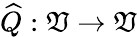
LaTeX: \widehat{Q}:\mathfrak{V}\to\mathfrak{V}